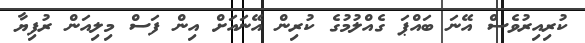
ކުރިއިރުވެސް އޭނަ ބައްޕަ ގެއްލުމުގެ ކުރިން އޭނަައަށް އިން ފަސް މިލިއަން ރުފިޔާ